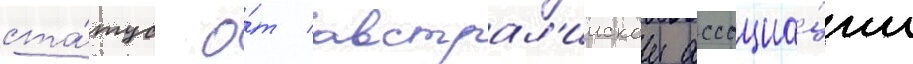
ста́тус о́т австрал'иискои ассоциа́ции